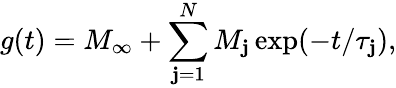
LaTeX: g(t)=M_{\infty}+\sum_{\mathbf{j}=1}^{N}M_{\mathbf{j}}\exp(-t/\tau_{\mathbf{j}}),